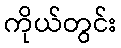
ကိုယ်တွင်း